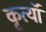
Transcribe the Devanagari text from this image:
कृत्यॉ